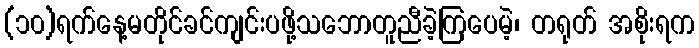
(၁၀)ရက်နေ့မတိုင်ခင်ကျင်းပဖို့သဘောတူညီခဲ့ကြပေမဲ့၊ တရုတ် အစိုးရက